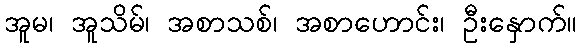
အူမ၊ အူသိမ်၊ အစာသစ်၊ အစာဟောင်း၊ ဦးနှောက်။